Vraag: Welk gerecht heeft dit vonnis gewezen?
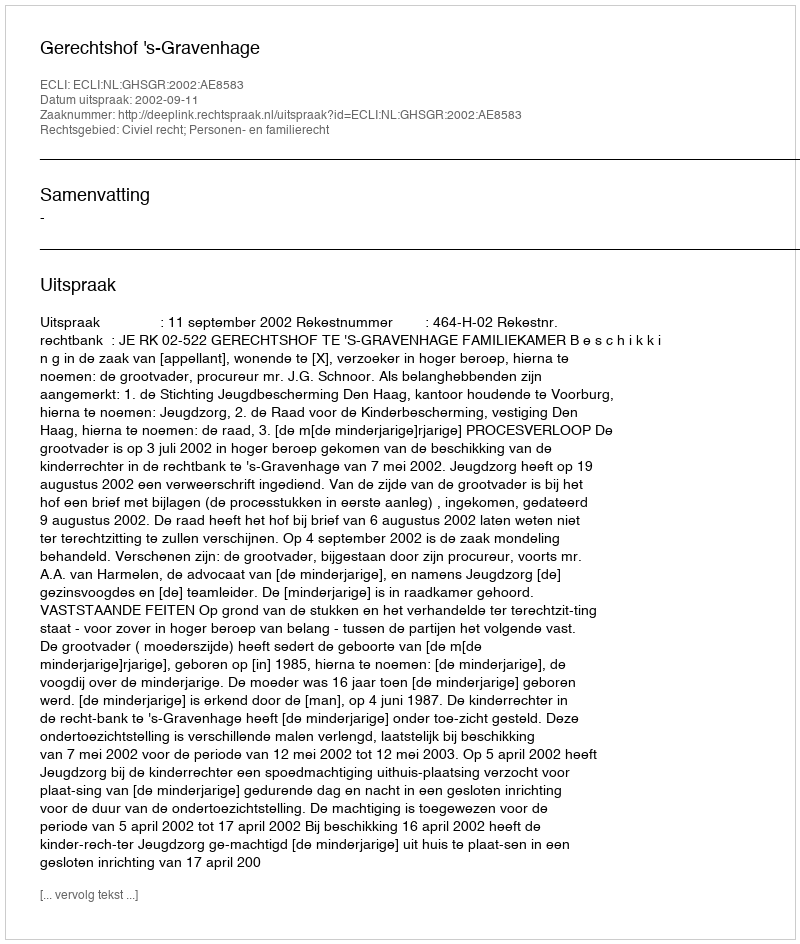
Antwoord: Gerechtshof 's-Gravenhage